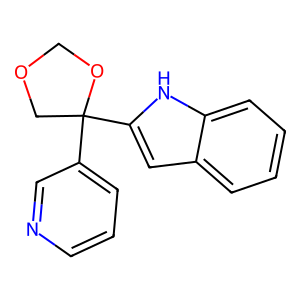
SMILES: c1cncc(C2(c3cc4ccccc4[nH]3)COCO2)c1
Inhibits HIV replication: No